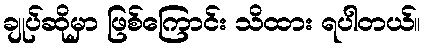
ချုပ်ဆိုမှာ ဖြစ်ကြောင်း သိထား ရပါတယ်။